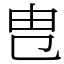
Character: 㕀